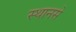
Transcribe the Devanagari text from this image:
स्थानसे